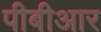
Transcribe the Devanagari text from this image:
पीबीआर